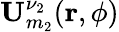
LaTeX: {\mathbf U}_{m_{2}}^{\nu_{2}}({\mathbf r},\phi)